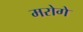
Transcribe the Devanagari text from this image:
मरोगे